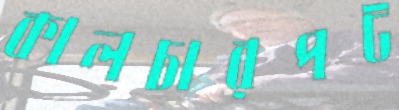
কালচারপট